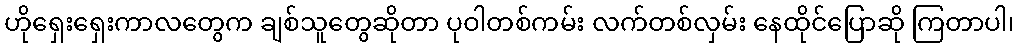
ဟိုရှေးရှေးကာလတွေက ချစ်သူတွေဆိုတာ ပုဝါတစ်ကမ်း လက်တစ်လှမ်း နေထိုင်ပြောဆို ကြတာပါ၊